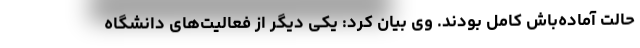
حالت آماده‌باش کامل بودند. وی بیان کرد: یکی دیگر از فعالیت‌های دانشگاه